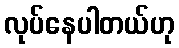
လုပ်နေပါတယ်ဟု